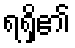
ရရှိ၏